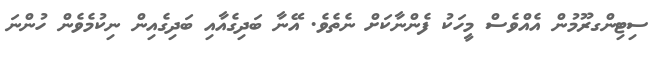
ސިޓިންގރޫމުން އެއްވެސް މީހަކު ފެންނާކަށް ނެތެވެ. އޭނާ ބަދިގެއާއި ބަދިގެއިން ނިކުމެވެން ހުންނަ